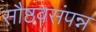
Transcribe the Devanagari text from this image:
सौष्ठवसंपन्न